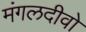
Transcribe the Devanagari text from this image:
मंगलदीवो